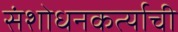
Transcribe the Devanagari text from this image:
संशोधनकर्त्याची